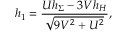
h _ { 1 } = \frac { U h _ { \Sigma } - 3 V h _ { H } } { \sqrt { 9 V ^ { 2 } + U ^ { 2 } } } ,